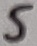
Text: 5